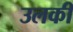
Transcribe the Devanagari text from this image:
उलकी